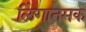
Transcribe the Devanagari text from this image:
लिंगातमक